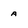
Character: a